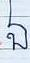
ឯ